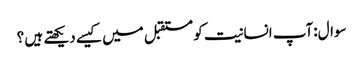
سوال:آپ انسانیت کو مستقبل میں کیسے دیکھتے ہیں ؟